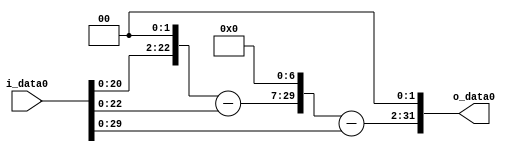
module multiplier_block_21 (
    i_data0,
    o_data0
);
  input   [31:0] i_data0;
  output  [31:0]
    o_data0;
  wire [31:0]
    w1,
    w4,
    w3,
    w384,
    w383,
    w1532;
  assign w1 = i_data0;
  assign w1532 = w383 << 2;
  assign w3 = w4 - w1;
  assign w383 = w384 - w1;
  assign w384 = w3 << 7;
  assign w4 = w1 << 2;
  assign o_data0 = w1532;
endmodule